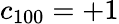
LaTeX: c_{100}=+1